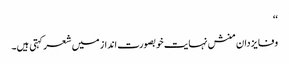
‘‘
وفا یزدان منش نہایت خوبصورت انداز میں شعرکہتی ہیں۔